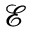
\mathcal { E }